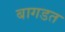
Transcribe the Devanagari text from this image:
बागडत